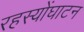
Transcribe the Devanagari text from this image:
रहस्योंघाटन